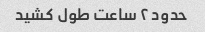
حدود ۲ ساعت طول کشید